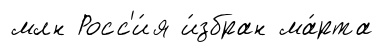
млн Росс'и́я и́збран ма́рта